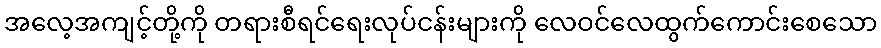
အလေ့အကျင့်တို့ကို တရားစီရင်ရေးလုပ်ငန်းများကို လေဝင်လေထွက်ကောင်းစေသော